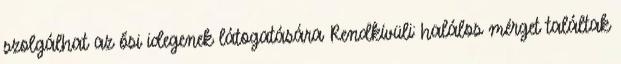
szolgálhat az ősi idegenek látogatására Rendkívüli: halálos mérget találtak